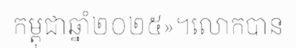
កម្ពុជាឆ្នាំ២០២៥»។លោកបាន